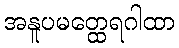
အနူပမတ္ထေရဂါထာ